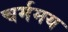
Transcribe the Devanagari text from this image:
चर्ममय